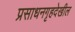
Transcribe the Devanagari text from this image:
प्रसाधनगृहदेखील